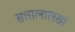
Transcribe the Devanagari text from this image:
सत्तालालसा